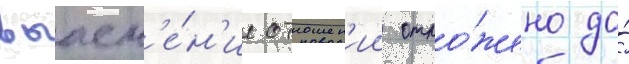
выасн'е́н'ие отношен'ии отло́жено до́